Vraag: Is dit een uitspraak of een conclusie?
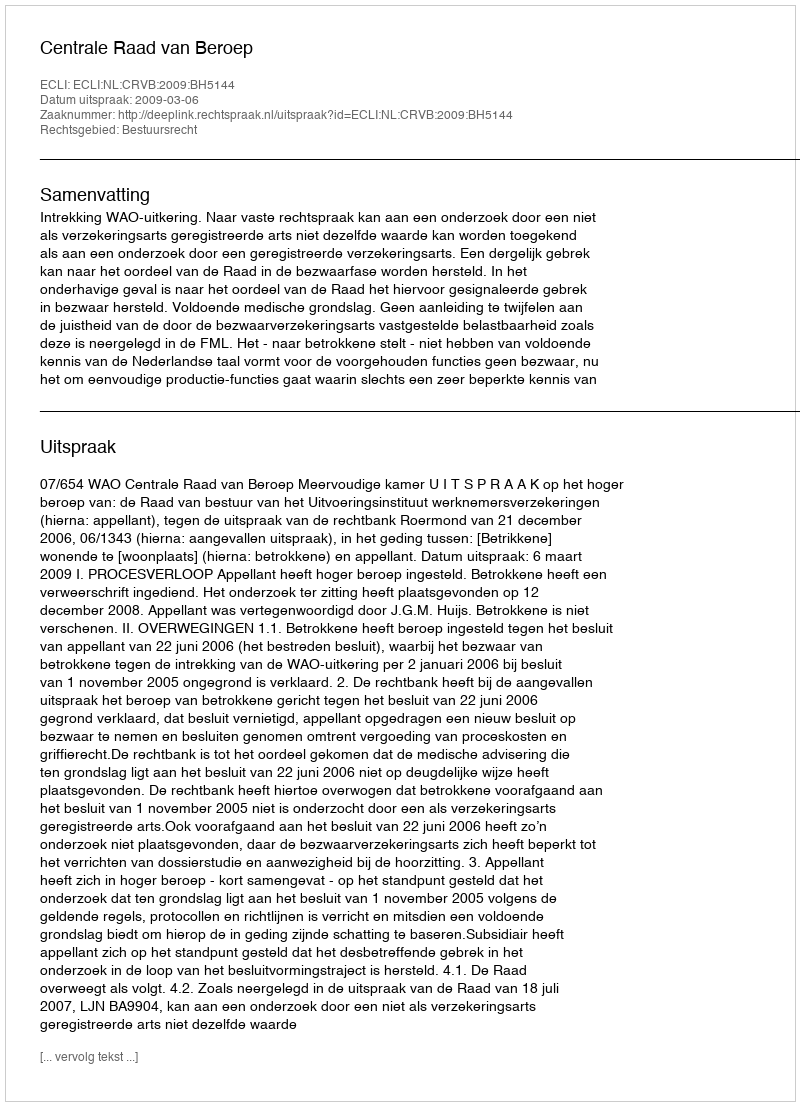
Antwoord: Uitspraak